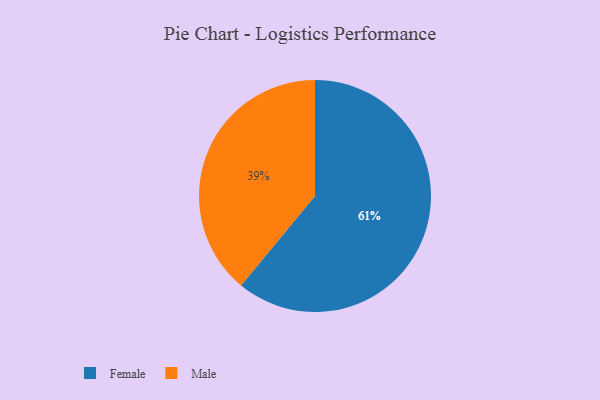
{"axis": {"x": "Category", "y": "Percentage"}, "legend": ["Female", "Male"], "data": [{"x": "Male", "y": 39, "type": "Male"}, {"x": "Female", "y": 61, "type": "Female"}]}